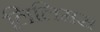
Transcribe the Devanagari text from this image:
लिलिमस